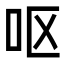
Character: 呕